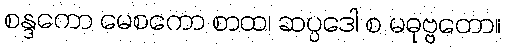
စန္ဒကော မေစကော စာထ၊ ဆပ္ပဒေါ စ မဓုဗ္ဗတော။